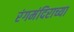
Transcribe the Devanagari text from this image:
रंगमंदिराच्या